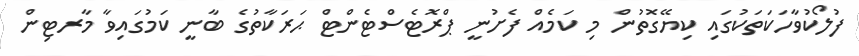
ފުލޯކުވާހަކަތަކުގައި ކިޔޭގޮތުން މި ކަމެއް ފެށުނީ ޕްރޮޓެސްޓެންޓް ޙަރަކާތުގެ ބާނީ ކަމުގައިވާ މާރޓިން